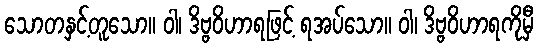
သောတနှင့်တူသော။ ဝါ၊ ဒိဗ္ဗဝိဟာရဖြင့် ရအပ်သော။ ဝါ၊ ဒိဗ္ဗဝိဟာရကိုမှီ